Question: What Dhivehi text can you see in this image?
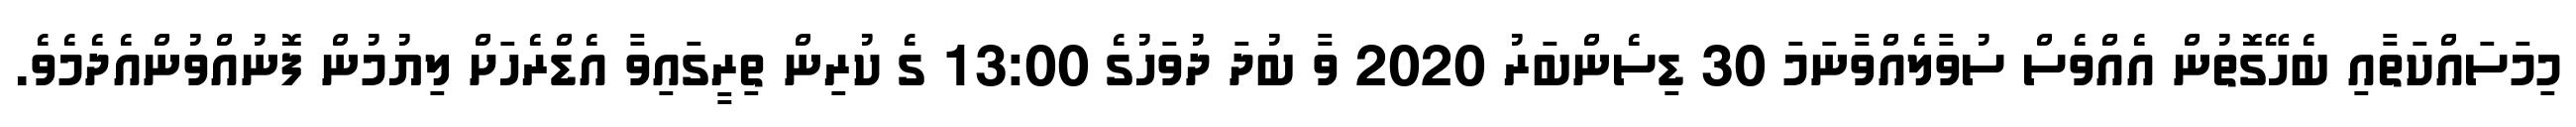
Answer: މިމަސައްކަތާއި ބެހޭގޮތުން އެއްވެސް ސުވާލެއްވާނަމަ 30 ޑިސެންބަރު 2020 ވާ ބުދަ ދުވަހުގެ 13:00 ގެ ކުރިން ތިރީގައިވާ އެޑްރެހަށް ލިޔުމުން ފޮނުއްވުންއެދެމެވެ.